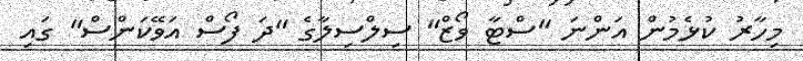
މިހާރު ކުޅެމުން އަންނަ "ސްޓާ ވޯޒް" ސިލްސިލާގެ "ދަ ފޯސް އަވޭކަންސް" ގައި